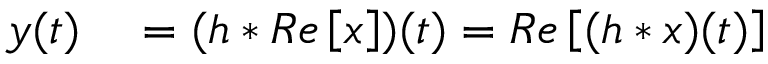
\begin{array} { r } { \begin{array} { r l } { y ( t ) } & { { } = ( h \ast R e \left[ x \right] ) ( t ) = R e \left[ ( h \ast x ) ( t ) \right] } \end{array} } \end{array}